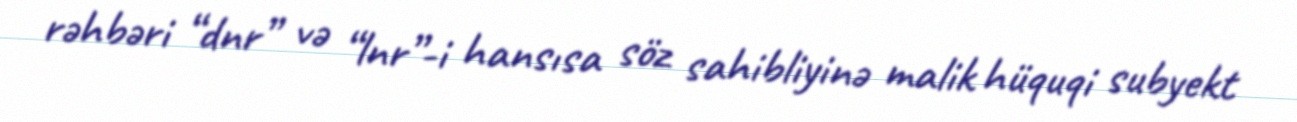
rəhbəri “dnr” və “lnr”-i hansısa söz sahibliyinə malik hüquqi subyekt